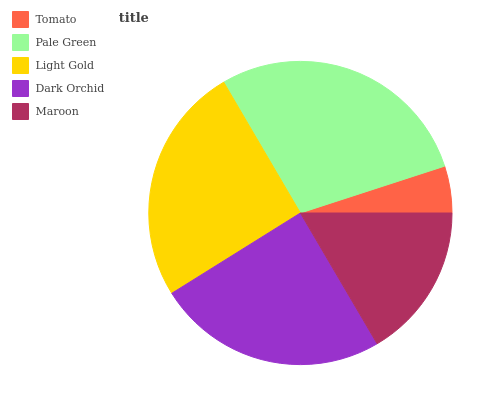
| Tomato | Pale Green | Light Gold | Dark Orchid | Maroon |
 | --- | --- | --- | --- | --- |
 | 5% | 28.5% | 25.5% | 24.5% | 16.5% |